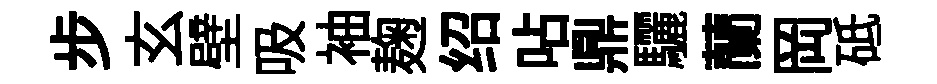
步玄壁吸袖麹绍呫鼎驪蘭岡砥